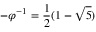
- \varphi ^ { - 1 } = { \frac { 1 } { 2 } } ( 1 - { \sqrt { 5 } } )